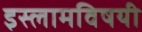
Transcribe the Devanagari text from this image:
इस्लामविषयी